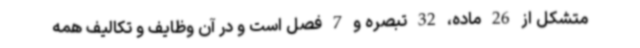
متشکل از 26 ماده، 32 تبصره و 7 فصل است و در آن وظایف و تکالیف همه